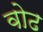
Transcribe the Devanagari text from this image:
वोढ